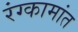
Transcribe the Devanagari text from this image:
रंग्कामांत